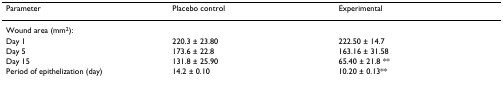
<table><thead><tr><td><b>Parameter</b></td><td><b>Placebo control</b></td><td><b>Experimental</b></td></tr></thead><tbody><tr><td>Wound area (mm<sup>2</sup>):</td><td></td><td></td></tr><tr><td>Day 1</td><td>220.3 ± 23.80</td><td>222.50 ± 14.7</td></tr><tr><td>Day 5</td><td>173.6 ± 22.8</td><td>163.16 ± 31.58</td></tr><tr><td>Day 15</td><td>131.8 ± 25.90</td><td>65.40 ± 21.8 **</td></tr><tr><td>Period of epithelization (day)</td><td>14.2 ± 0.10</td><td>10.20 ± 0.13**</td></tr></tbody></table>